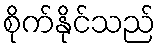
စိုက်နိုင်သည်